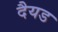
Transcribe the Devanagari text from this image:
दैयड